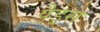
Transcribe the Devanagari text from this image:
पैड़्स